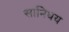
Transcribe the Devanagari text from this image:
सानिधय